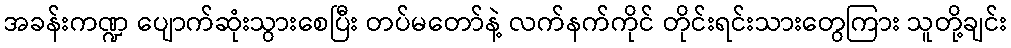
အခန်းကဏ္ဍ ပျောက်ဆုံးသွားစေပြီး တပ်မတော်နဲ့ လက်နက်ကိုင် တိုင်းရင်းသားတွေကြား သူတို့ချင်း